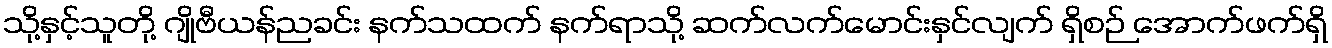
သို့နှင့်သူတို့ ဂျိုဗီယန်ညခင်း နက်သထက် နက်ရာသို့ ဆက်လက်မောင်းနှင်လျက် ရှိစဉ် အောက်ဖက်ရှိ